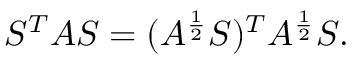
S ^ { T } A S = ( A ^ { \frac { 1 } { 2 } } S ) ^ { T } A ^ { \frac { 1 } { 2 } } S .